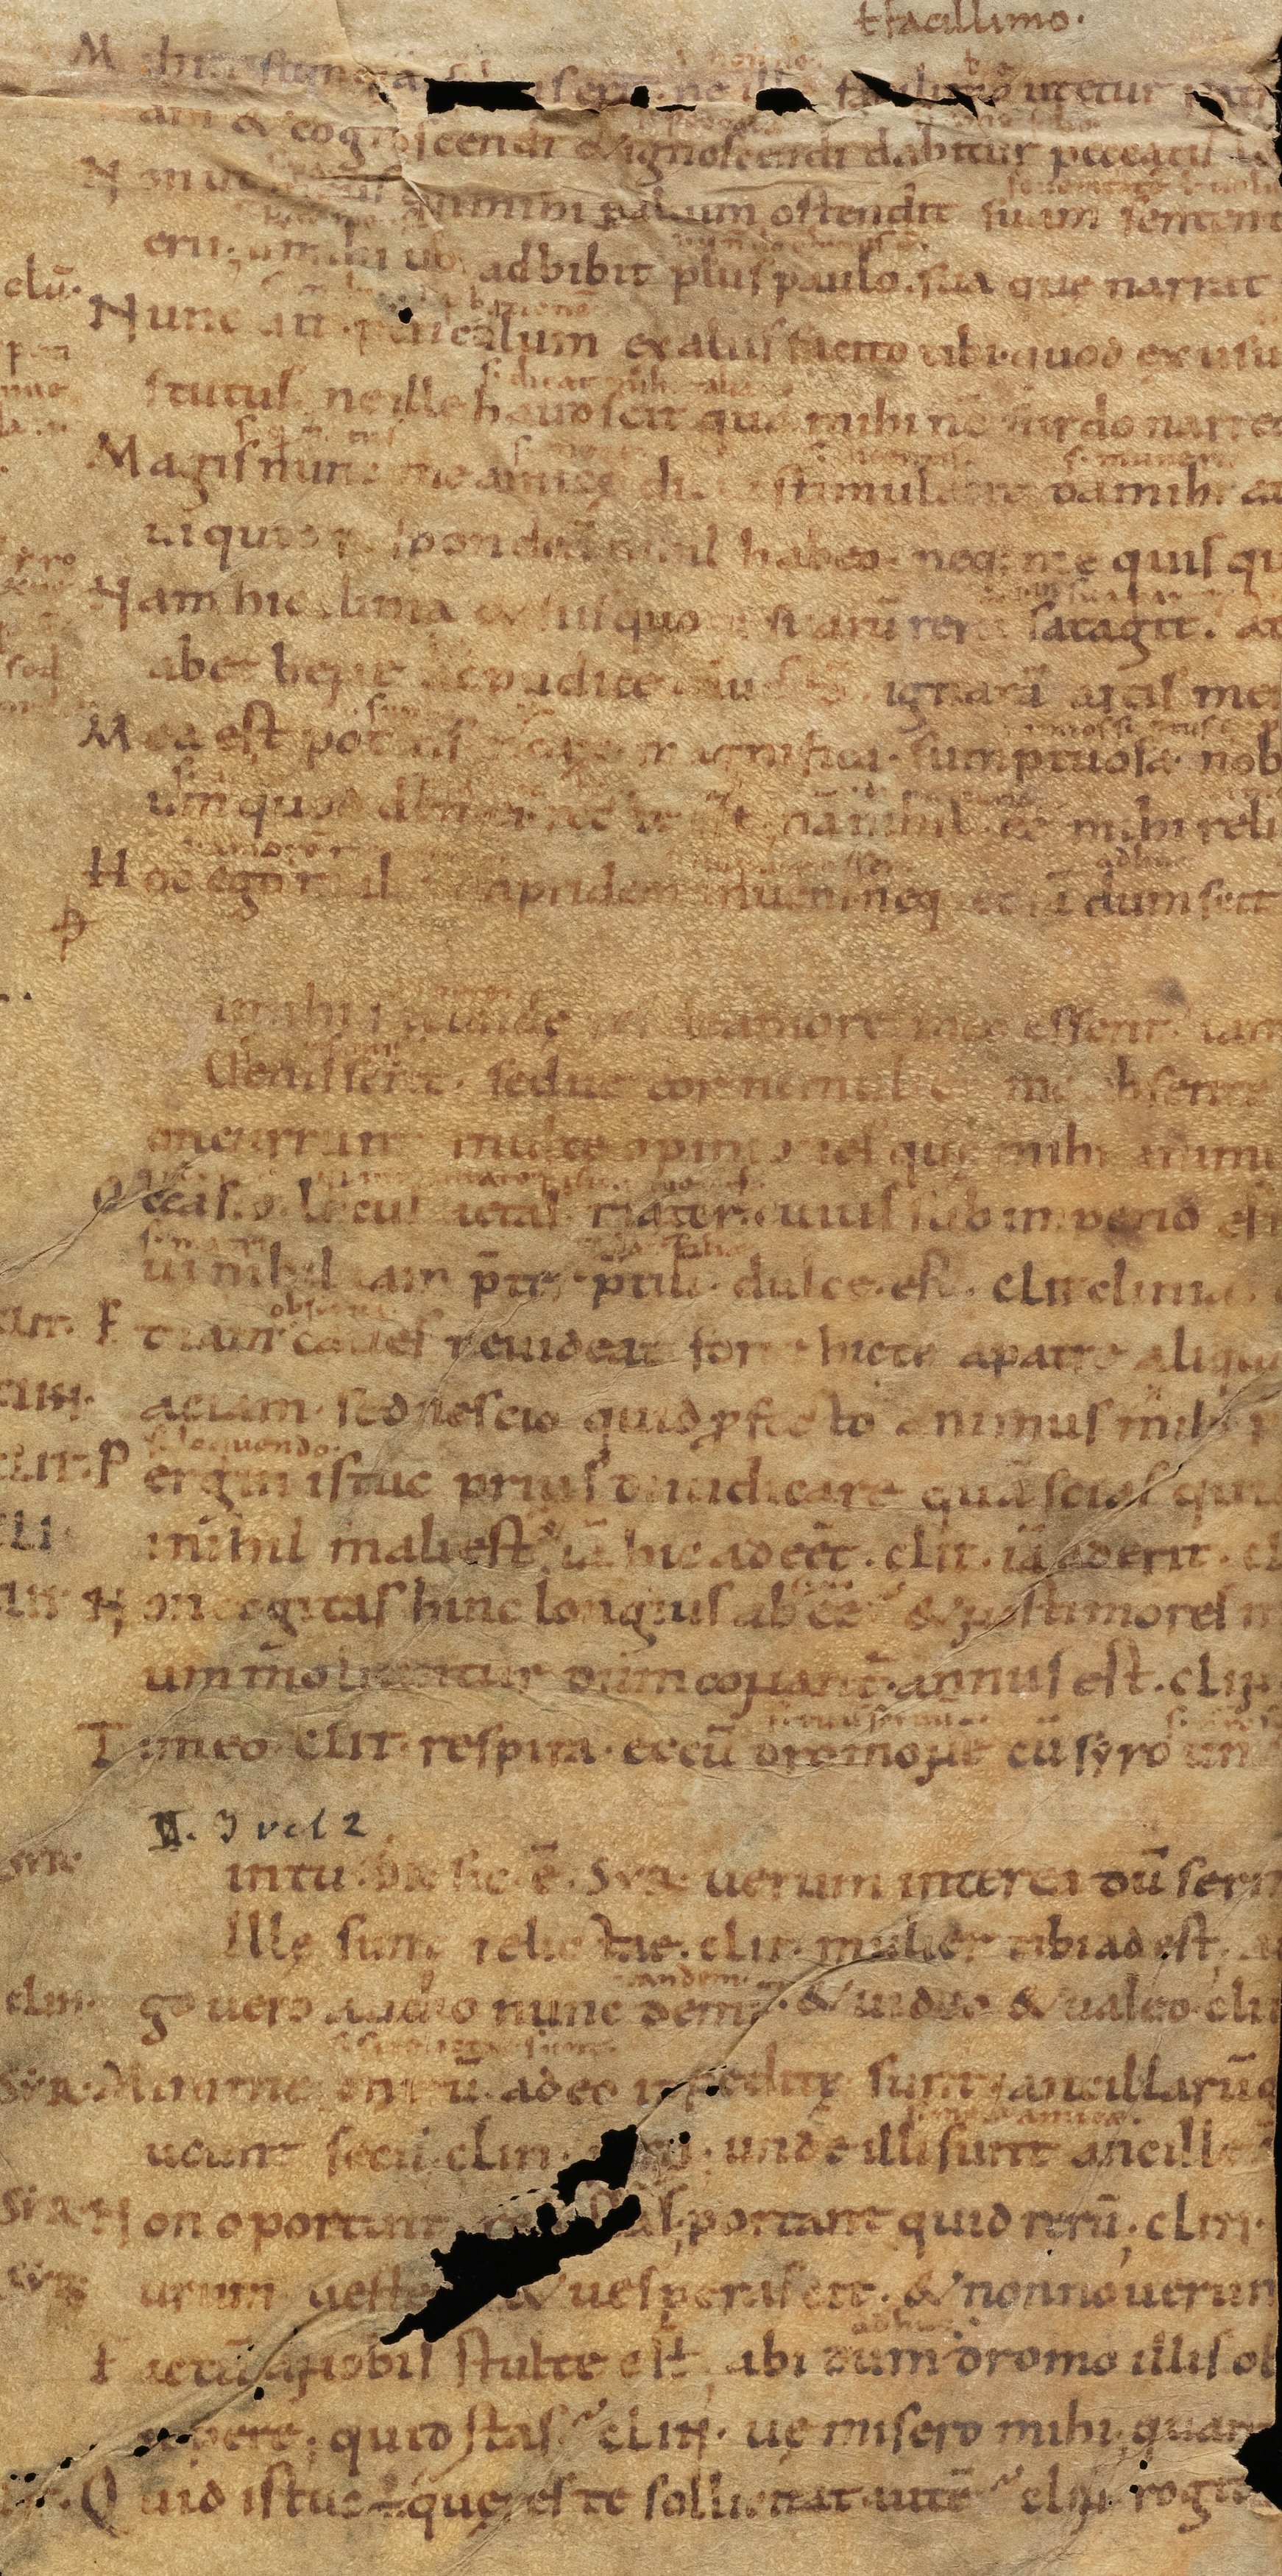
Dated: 950–999